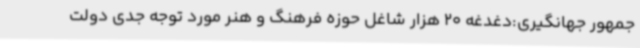
جمهور جهانگیری:دغدغه 20 هزار شاغل حوزه فرهنگ و هنر مورد توجه جدی دولت